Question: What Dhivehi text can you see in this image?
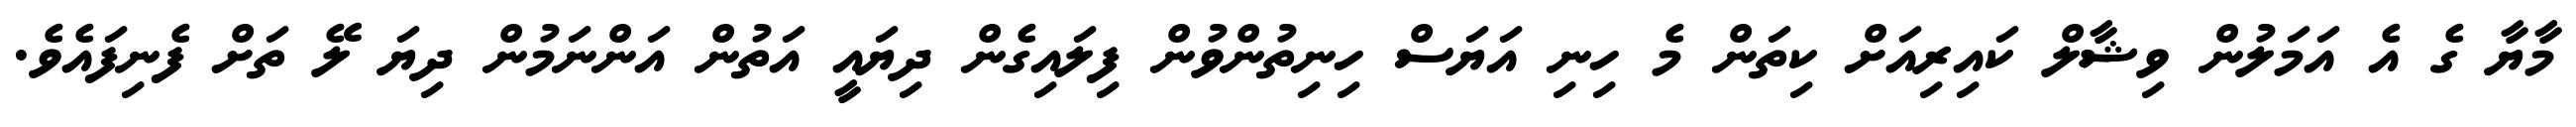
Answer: މާޔާ ގެ އެ އަމަލުން ވިޝާލް ކައިރިއަށް ކިތަން މެ ހިނި އަޔަސް ހިނިތުންވުން ފިލައިގެން ދިޔައީ އަތުން އަންނަމުން ދިޔަ ލޭ ތަށް ފެނިފައެވެ.